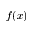
f ( x )